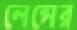
লেন্সের